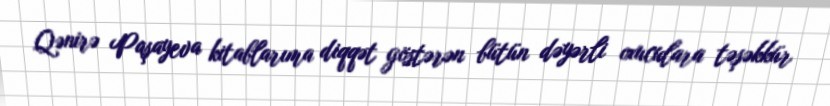
Qənirə Paşayeva kitablarıma diqqət göstərən bütün dəyərli oxuculara təşəkkür